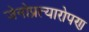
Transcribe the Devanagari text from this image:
जेनोप्रत्यारोपण